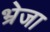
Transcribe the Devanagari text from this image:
भ्रेजा